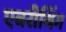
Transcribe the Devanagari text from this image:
एवरीथिंग